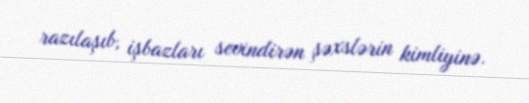
razılaşıb, işbazları sevindirən şəxslərin kimliyinə.